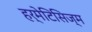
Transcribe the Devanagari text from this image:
हर्मेटिसिज्म